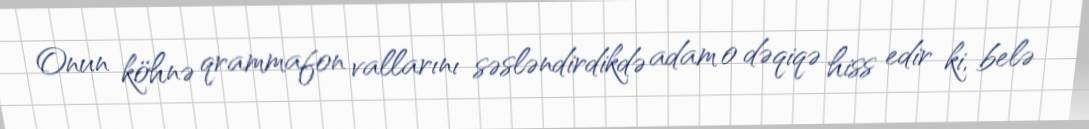
Onun köhnə qrammafon vallarını səsləndirdikdə adam o dəqiqə hiss edir ki, belə